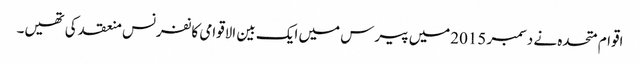
اقوام متحدہ نے دسمبر 2015میں پیرس میں ایک بین الاقوامی کانفرنس منعقد کی تھیں۔